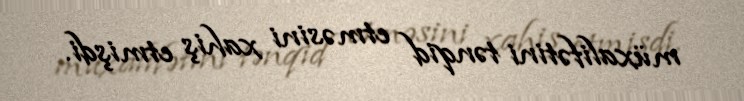
müxalifətini tənqid etməsini xahiş etmişdi.